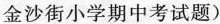
金沙街小学期中考试题)